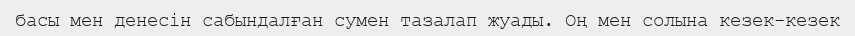
басы мен денесін сабындалған сумен тазалап жуады. Оң мен солына кезек-кезек